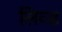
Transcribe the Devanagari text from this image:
लिव्ड